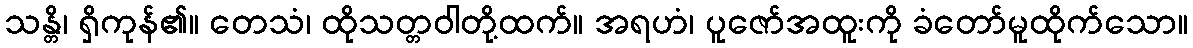
သန္တိ၊ ရှိကုန်၏။ တေသံ၊ ထိုသတ္တဝါတို့ထက်။ အရဟံ၊ ပူဇော်အထူးကို ခံတော်မူထိုက်သော။